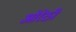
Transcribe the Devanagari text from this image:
ओरेठी